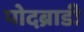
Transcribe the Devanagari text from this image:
पोदब्राडी